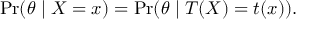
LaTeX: \operatorname* { P r } ( \theta \mid X = x ) = \operatorname* { P r } ( \theta \mid T ( X ) = t ( x ) ) .